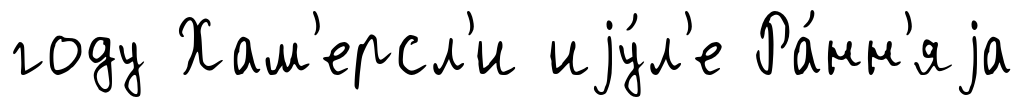
году Хам'ерсл'и иjу́л'е Ра́нн'яjа